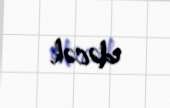
edəcək.